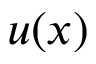
u ( x )